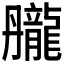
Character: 𪚘